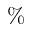
\%